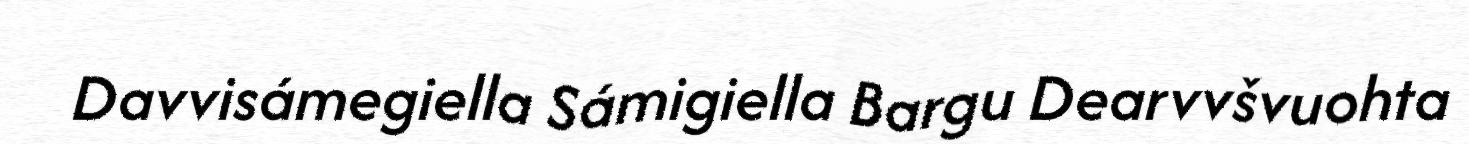
Davvisámegiella Sámigiella Bargu Dearvvšvuohta